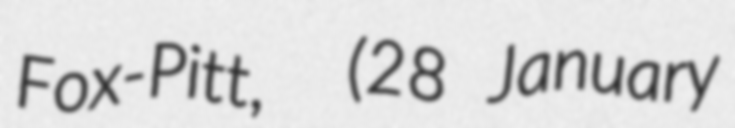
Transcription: Fox-Pitt,  (28 January